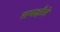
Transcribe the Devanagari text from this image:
समक्षौते